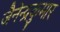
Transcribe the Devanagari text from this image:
जैनेन्द्रकुमार